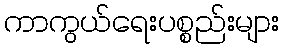
ကာကွယ်ရေးပစ္စည်းများ